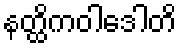
နတ္ထိကဝါဒေါတိ